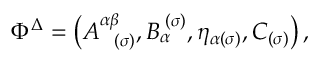
\Phi ^ { \Delta } = \left( A _ { \; \; \; ( \sigma ) } ^ { \alpha \beta } , B _ { \alpha } ^ { \; ( \sigma ) } , \eta _ { \alpha ( \sigma ) } , C _ { ( \sigma ) } \right) ,